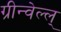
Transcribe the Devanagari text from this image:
ग्रीन्वेल्ल्